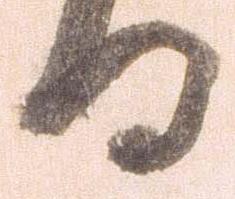
日